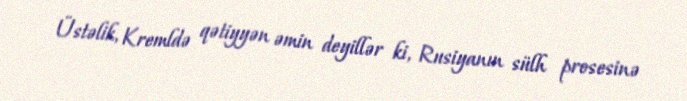
Üstəlik, Kremldə qətiyyən əmin deyillər ki, Rusiyanın sülh prosesinə